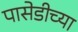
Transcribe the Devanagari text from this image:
पासेडीच्या